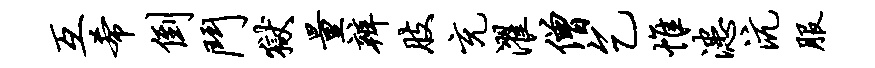
互希倒斗狱量辨肢充濯僧乞帷漶沆服